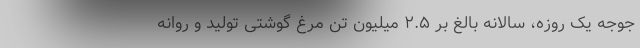
جوجه یک روزه، سالانه بالغ بر ۲.۵ میلیون تن مرغ گوشتی تولید و روانه